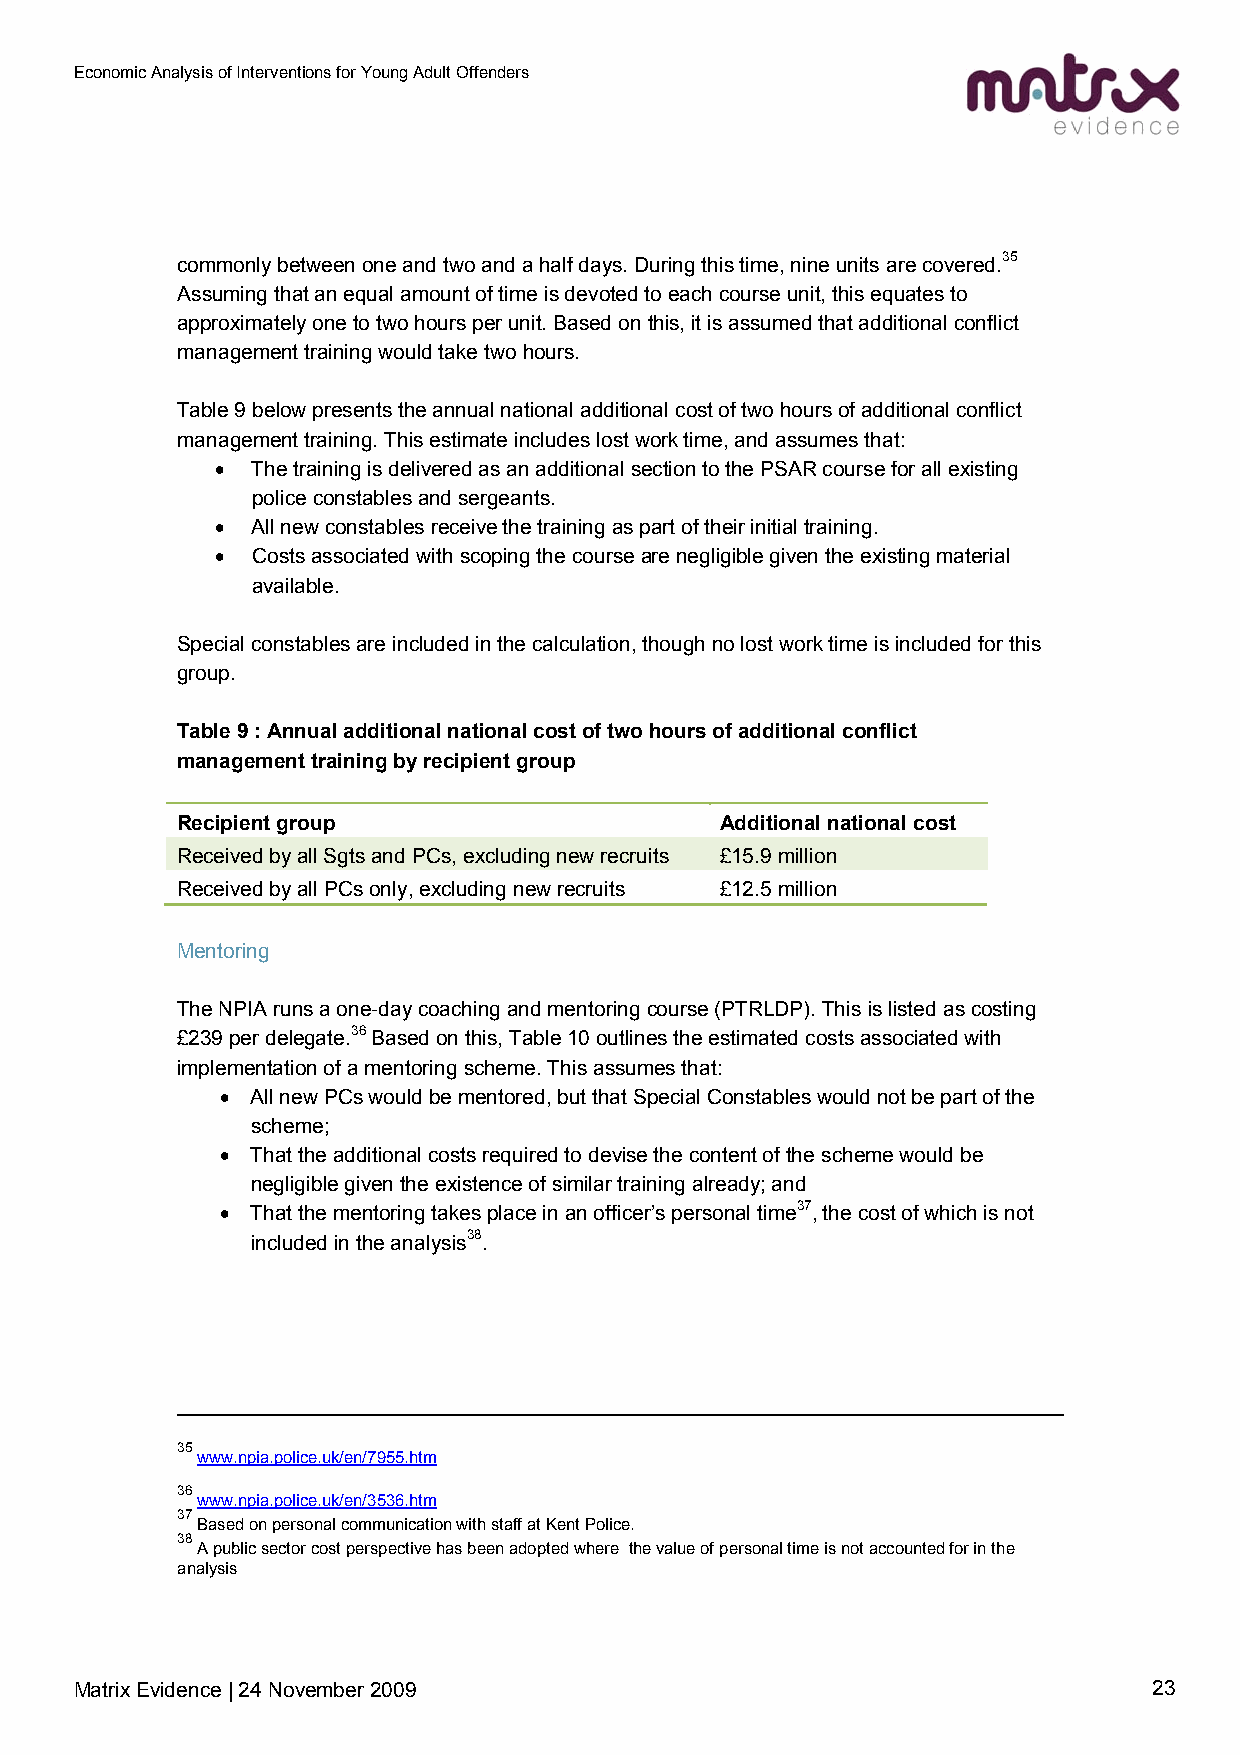
Economic Analysis of Interventions for Young Adult Offenders
 commonly between one and two and a half days. During this time, nine units are covered.35
 Assuming that an equal amount of time is devoted to each course unit, this equates to
 approximately one to two hours per unit. Based on this, it is assumed that additional conflict
 management training would take two hours.
 Table 9 below presents the annual national additional cost of two hours of additional conflict
 management training. This estimate includes lost work time, and assumes that:
 •  The training is delivered as an additional section to the PSAR course for all existing
 police constables and sergeants.
 •  All new constables receive the training as part of their initial training.
 •  Costs associated with scoping the course are negligible given the existing material
 available.
 Special constables are included in the calculation, though no lost work time is included for this
 group.
 Table 9 : Annual additional national cost of two hours of additional conflict
 management training by recipient group
 Recipient group                     Additional national cost
 Received by all Sgts and PCs, excluding new recruits £15.9 million
 Received by all PCs only, excluding new recruits £12.5 million
 Mentoring
 The NPIA runs a one-day coaching and mentoring course (PTRLDP). This is listed as costing
 £239 per delegate.36 Based on this, Table 10 outlines the estimated costs associated with
 implementation of a mentoring scheme. This assumes that:
 • All new PCs would be mentored, but that Special Constables would not be part of the
 scheme;
 • That the additional costs required to devise the content of the scheme would be
 negligible given the existence of similar training already; and
 • That the mentoring takes place in an officer’s personal time37, the cost of which is not
 included in the analysis38.
 35
 www.npia.police.uk/en/7955.htm
 36
 www.npia.police.uk/en/3536.htm
 37
 Based on personal communication with staff at Kent Police.
 38
 A public sector cost perspective has been adopted where the value of personal time is not accounted for in the
 analysis
 Matrix Evidence | 24 November 2009                                     23